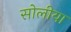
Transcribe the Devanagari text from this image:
सोलीया